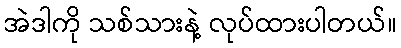
အဲဒါကို သစ်သားနဲ့ လုပ်ထားပါတယ်။